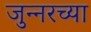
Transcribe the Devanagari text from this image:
जुन्‍नरच्या